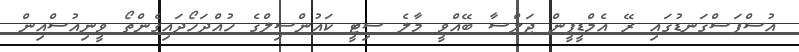
އުސްފަސްގަނޑުގައި ރޭ އެމްޑީޕީން ޖަލްސާ ބޭއްވީ މާލެ ސިޓީ ކައުންސިލްގެ ހުއްދަހޯދައިގެންތޯ ވީނިއުސްއިން